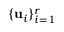
\{ { \mathbf { u } _ { i } } \} _ { i = 1 } ^ { r }